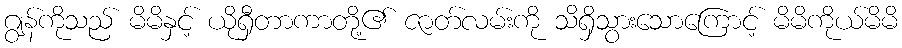
ဂျွန်ကိုသည် မိမိနှင့် ယိုရှီတာကာတို့၏ ဇာတ်လမ်းကို သိရှိသွားသောကြောင့် မိမိကိုယ်မိမိ